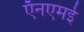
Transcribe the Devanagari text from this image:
ऍनएमई